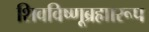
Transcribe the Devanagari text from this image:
शिवविष्णूब्रह्मारूप